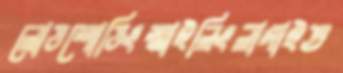
লোডশোডিংস্মাইলিংলাগাইত